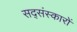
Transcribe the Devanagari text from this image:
सद्संस्कारों